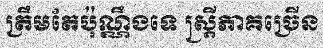
ត្រឹមតែប៉ុណ្ណឹងទេ ស្ត្រីភាគច្រើន